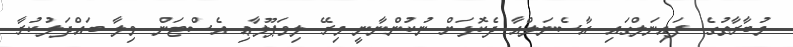
މުބާރާތުގެ ފައިނަލްގައި އާސެނަލްއާ ދެކޮޅަށް ނުކުންނާނީ މިރޭ ލިވަޕޫލާޢި އެސްޓަން ވިލާ ބައްދަލުކުރާ